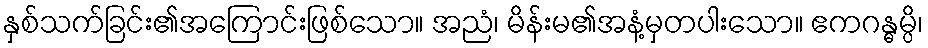
နှစ်သက်ခြင်း၏အကြောင်းဖြစ်သော။ အညံ၊ မိန်းမ၏အနံ့မှတပါးသော။ ဧကဂန္ဓမ္ပိ၊